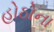
હોઠોના